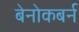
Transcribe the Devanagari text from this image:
बेनोकबर्न